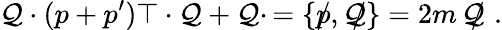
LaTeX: \mathcal{Q}\cdot(p+p^{\prime})\top\cdot\mathcal{Q}+\mathcal{Q}\cdotp=\{ p\! \! \! /,\mathcal{Q}\! \! \! /\} =2m\, \mathcal{Q}\! \! \! /\, \, .